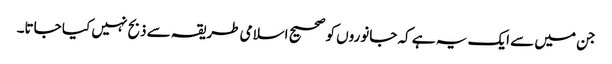
جن میں سے ایک یہ ہے کہ جانوروں کو صحیح اسلامی طریقہ سے ذبح نہیں کیا جاتا۔